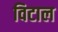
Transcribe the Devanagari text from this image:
विटाल